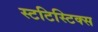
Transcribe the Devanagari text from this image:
स्टटिस्टिक्स